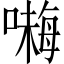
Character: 𱔙